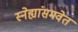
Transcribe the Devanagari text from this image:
स्नेह्यांसमवेत